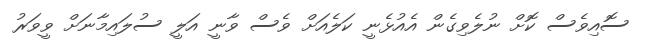
ސޮއިވެސް ކޮށް ނުލެވިގެން އެއުޅެނީ ކަލެއަށް ވެސް ވާނީ އަލީ ސުލައިމާނަށް ވީވަރު